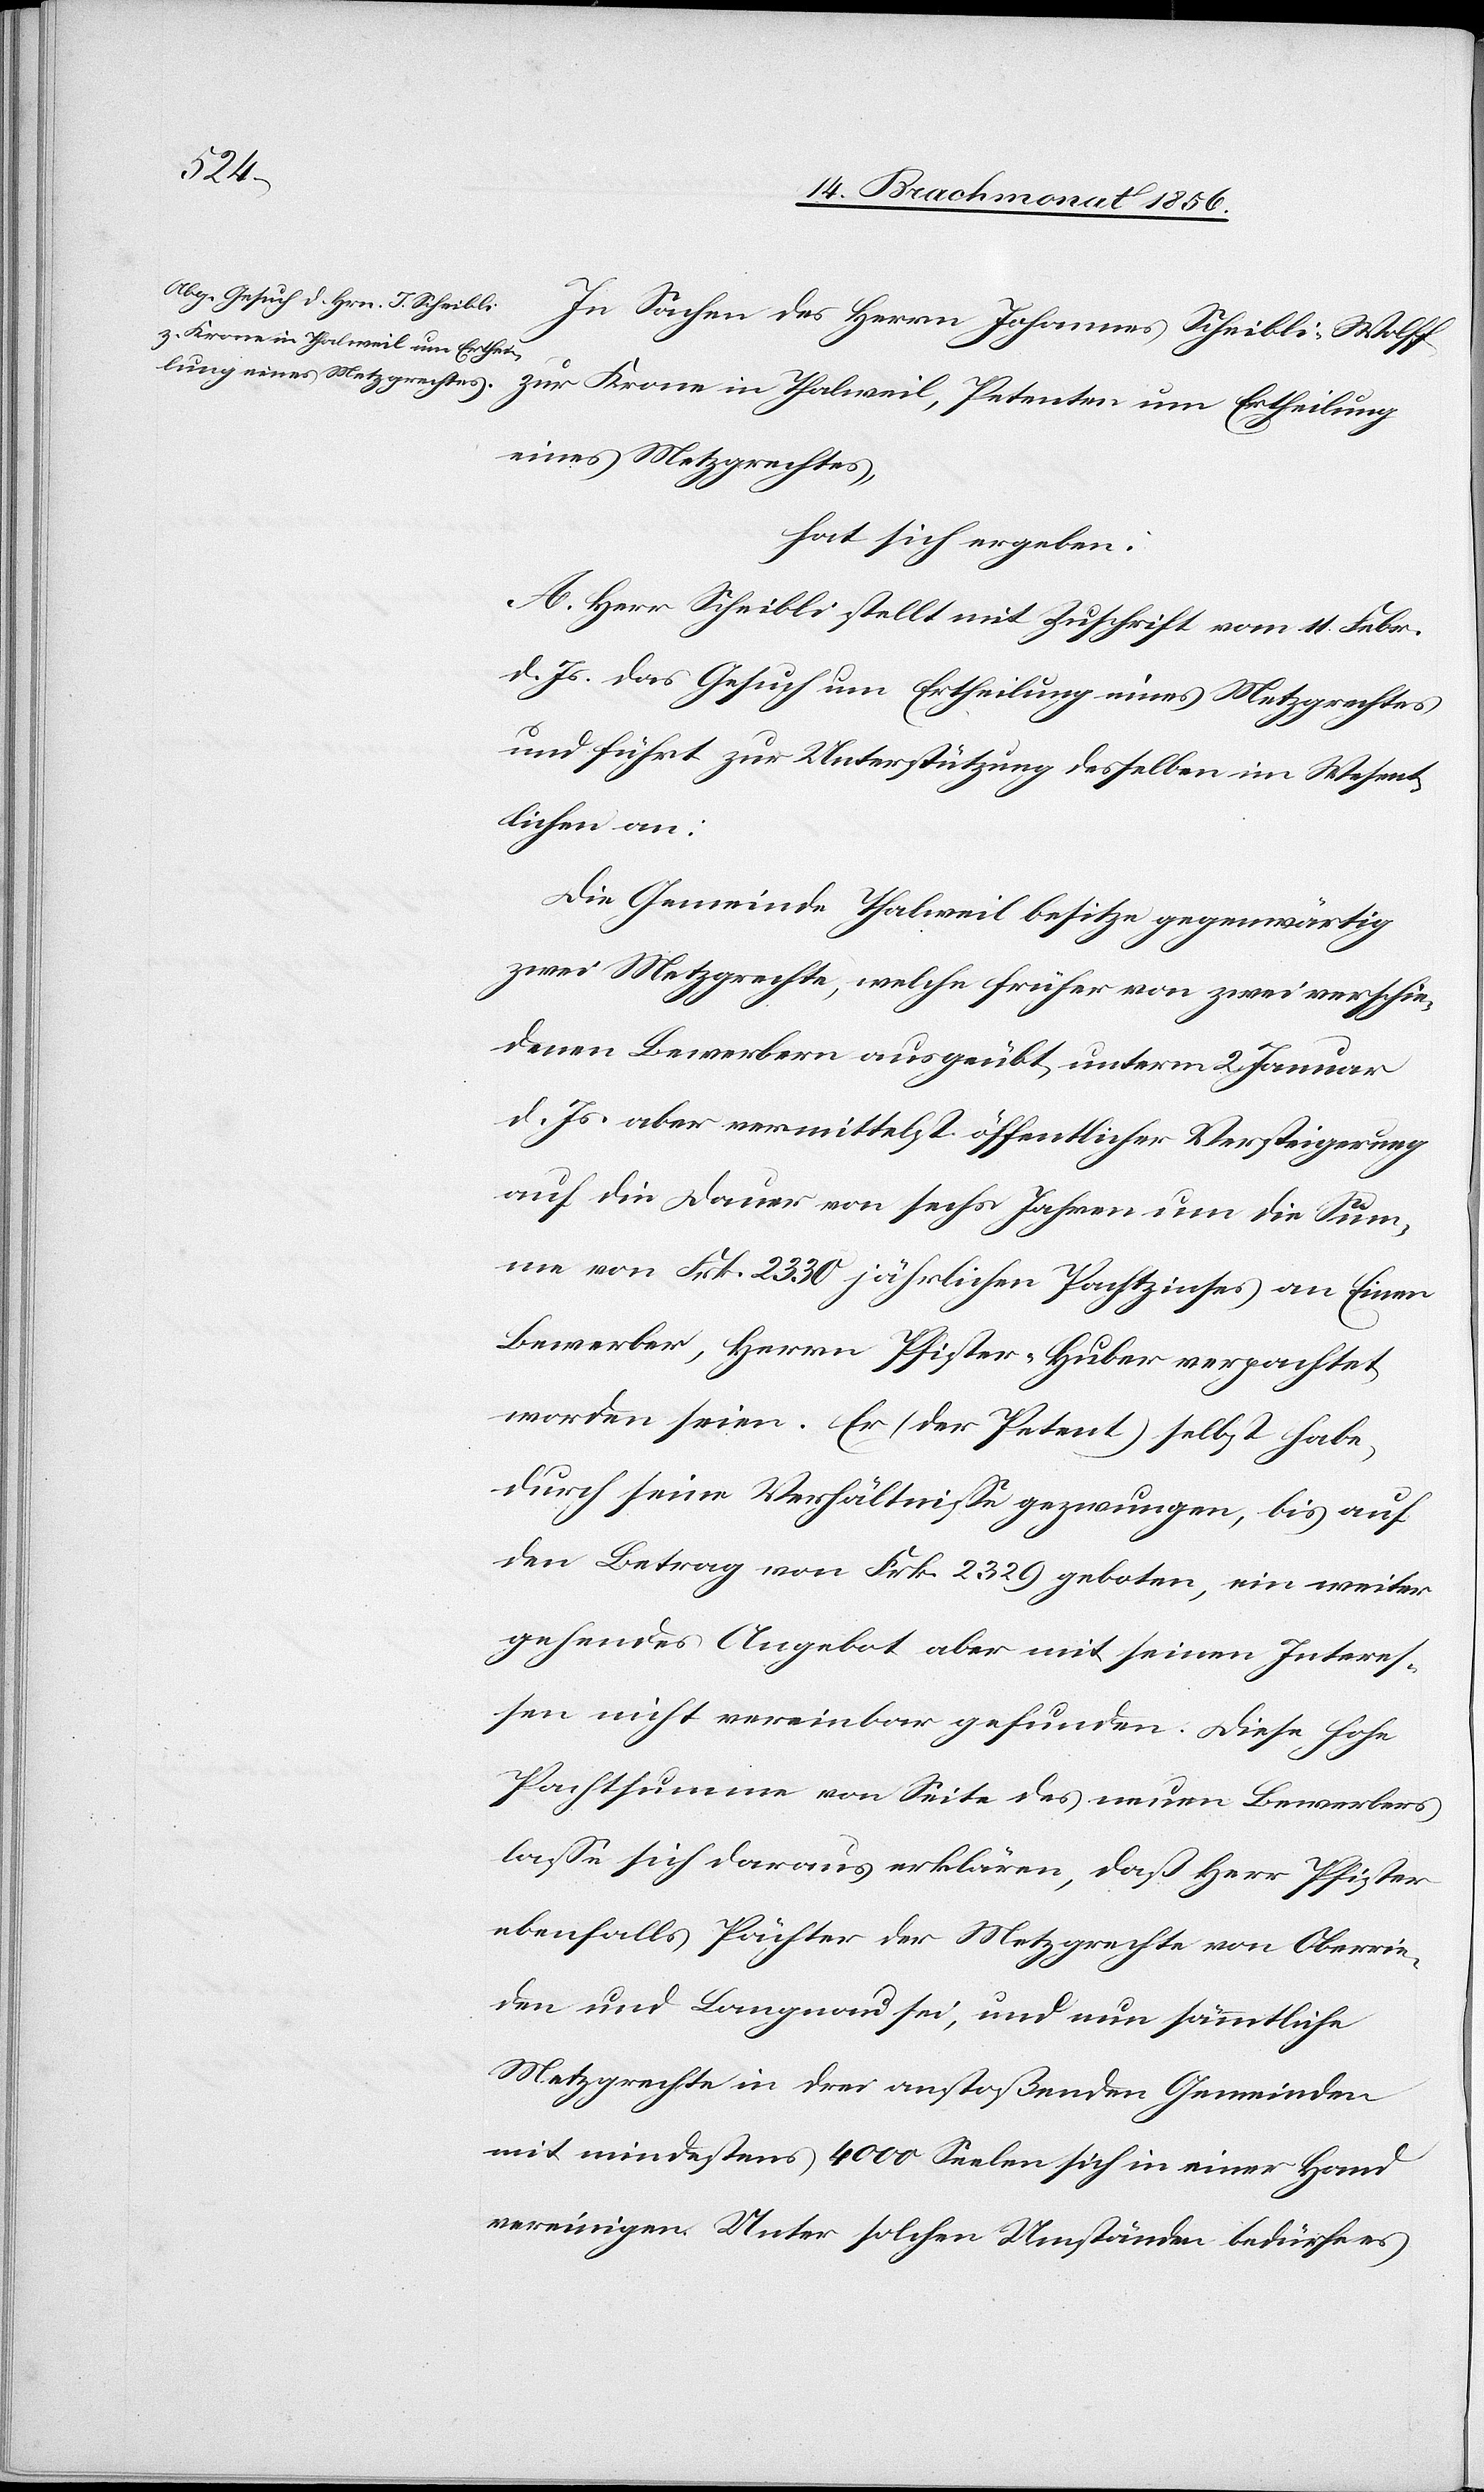
eines Metzgrechtes,
hat sich ergeben:
A. Herr Scheibli stellt mit Zuschrift vom 11. Febr.
d. Js. das Gesuch um Ertheilung eines Metzgrechtes
und führt zur Unterstützung desselben im Wesent¬
lichen an:
Die Gemeinde Thalweil besitze gegenwärtig
zwei Metzgrechte, welche früher von zwei verschie¬
denen Bewerbern ausgeübt, unterm 2. Januar
d. Js. aber vermittelst öffentlicher Versteigerung
auf die Dauer von sechs Jahren um die Sum¬
me von Frk. 2330 jährlichen Pachtzinses an Einen
Bewerber, Herrn Pfister-Huber verpachtet
worden seien. Er (der Petent) selbst habe,
durch seine Verhältnisse gezwungen, bis auf
den Betrag von Frk. 2329 geboten, ein weiter
gehendes Angebot aber mit seinen Interes¬
sen nicht vereinbar gefunden. Diese hohe
Pachtsumme von Seite des neuen Bewerbers
lasse sich daraus erklären, daß Herr Pfister
ebenfalls Pächter der Metzgrechte von Oberrie¬
den und Langnau sei, und nun sämmtliche
Metzgrechte in drei anstoßenden Gemeinden
mit mindestens 4000 Seelen sich in einer Hand
vereinigen. Unter solchen Umständen bedürfe es